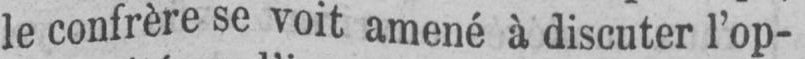
le confrère se voit amené à discuter l’op-